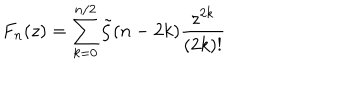
LaTeX: F _ { n } ( z ) = \sum _ { k = 0 } ^ { n / 2 } \tilde { \zeta } ( n - 2 k ) \frac { z ^ { 2 k } } { ( 2 k ) ! }